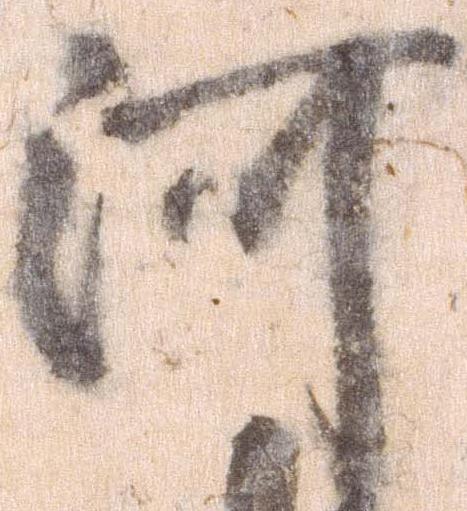
河